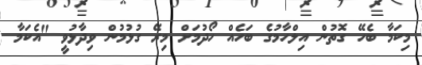
މިކަމާ ބެހޭ ގޮތުން އިލްހާމުގެ ބަހެއް ހޯދުމަށް މިރޭ ގުޅުމުން ވިދާޅުވީ "އެކަމާ